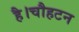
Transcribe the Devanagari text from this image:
है।चौहटन